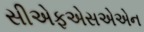
સીએફએસએએન